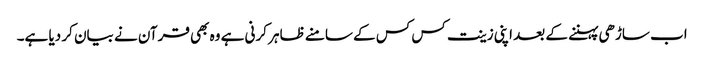
اب ساڑھی پہننے کے بعد اپنی زینت کس کس کے سامنے ظاہر کرنی ہے وہ بھی قرآن نے بیان کر دیا ہے۔